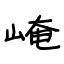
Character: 崦